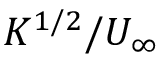
K ^ { 1 / 2 } / U _ { \infty }